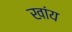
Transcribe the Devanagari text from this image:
खांय